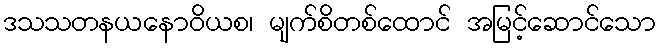
ဒသသတနယနောဝိယစ၊ မျက်စိတစ်ထောင် အမြင့်ဆောင်သော